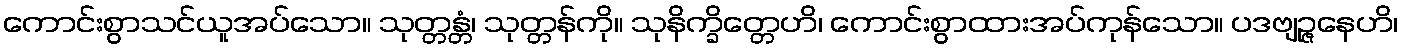
ကောင်းစွာသင်ယူအပ်သော။ သုတ္တန္တံ၊ သုတ္တန်ကို။ သုနိက္ခိတ္တေဟိ၊ ကောင်းစွာထားအပ်ကုန်သော။ ပဒဗျဉ္ဇနေဟိ၊